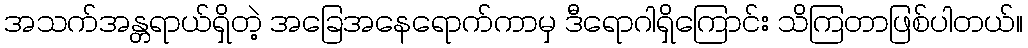
အသက်အန္တရာယ်ရှိတဲ့ အခြေအနေရောက်ကာမှ ဒီရောဂါရှိကြောင်း သိကြတာဖြစ်ပါတယ်။